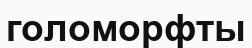
голоморфты